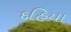
દહિયા